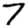
Digit: 7